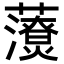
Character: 𧃉